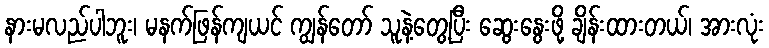
နားမလည်ပါဘူး၊ မနက်ဖြန်ကျယင် ကျွန်တော် သူနဲ့တွေ့ပြီး ဆွေးနွေးဖို့ ချိန်းထားတယ်၊ အားလုံး